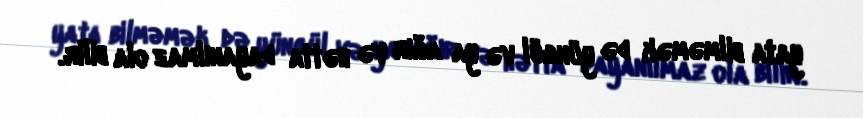
yata bilməmək də yüngül və ya ağır və hətta dayanılmaz ola bilir.